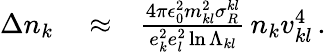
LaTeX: \begin{array}{rlr}{\Delta n_{k}}&{{}\approx}&{\frac{4\pi\epsilon_{0}^{2}m_{kl}^{2}\sigma_{R}^{kl}}{e_{k}^{2}e_{l}^{2}\ln\Lambda_{kl}}\, n_{k}v_{kl}^{4}\, .}\end{array}